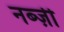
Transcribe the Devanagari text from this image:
नब्ज़ी